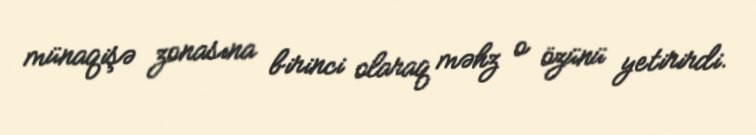
münaqişə zonasına birinci olaraq məhz o özünü yetirirdi.